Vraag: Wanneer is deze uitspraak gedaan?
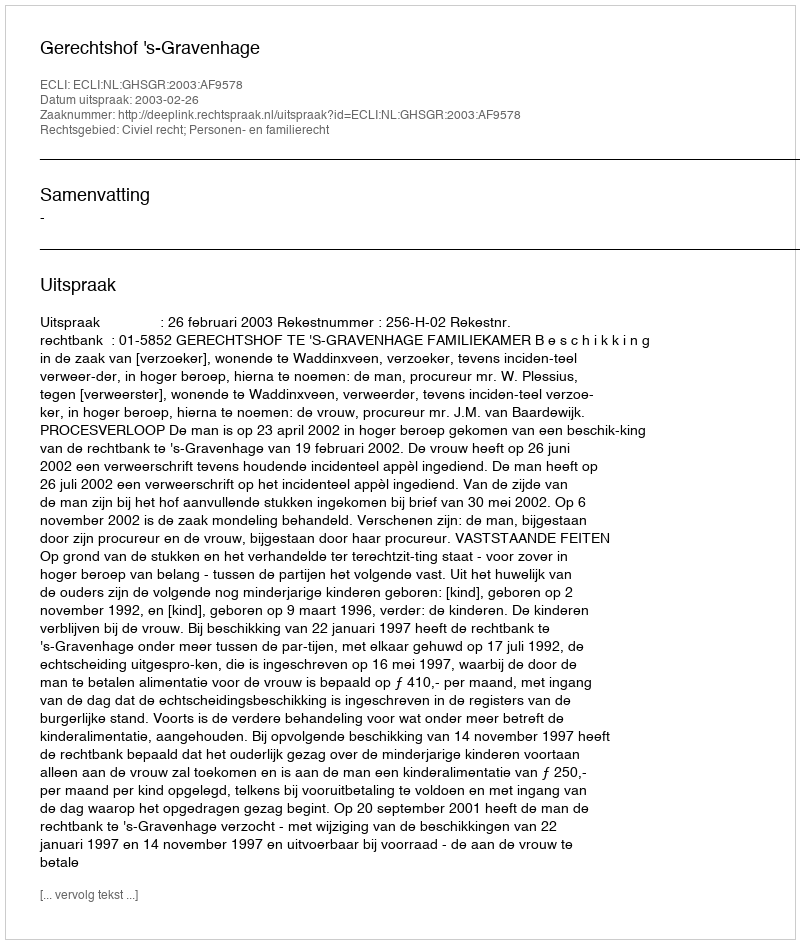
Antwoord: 2003-02-26